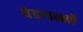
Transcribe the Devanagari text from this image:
येडापल्ली